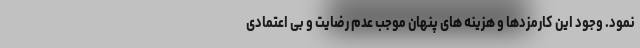
نمود. وجود این کارمزدها و هزینه های پنهان موجب عدم رضایت و بی اعتمادی